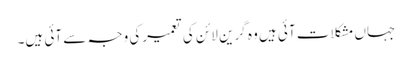
جہاں مشکلات آئی ہیں وہ گرین لائن کی تعمیرکی وجہ سے آئی ہیں۔